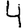
Digit: 4